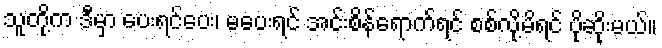
သူတို့က ဒီမှာ ပေးရင်ပေး၊ မပေးရင် အင်းစိန်ရောက်ရင် စစ်လို့မိရင် ပိုဆိုးမယ်။